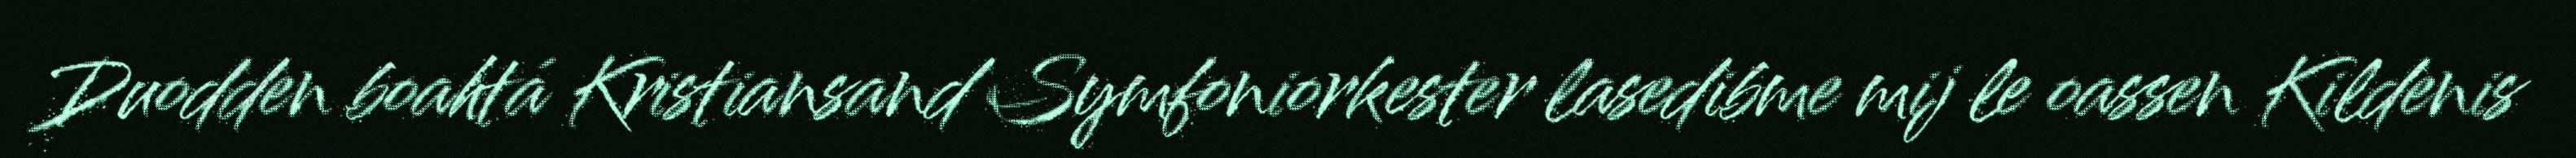
Duodden boahtá Kristiansand Symfoniorkester lasedibme mij le oassen Kildenis